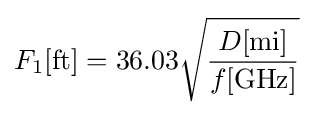
F_{1}\mathrm {[ft]} =36.03{\sqrt {D\mathrm {[mi]}  \over f\mathrm {[GHz]} }}